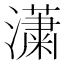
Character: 𤂣